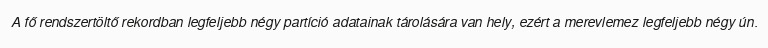
A fő rendszertöltő rekordban legfeljebb négy partíció adatainak tárolására van hely, ezért a merevlemez legfeljebb négy ún.